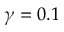
\gamma = 0 . 1